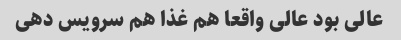
عالی بود عالی واقعا هم غذا هم سرویس دهی